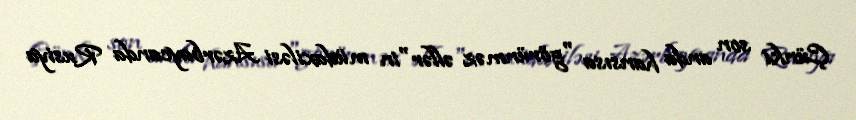
Çünki son anda hansısa "görünməz əllər"in müdaxiləsi Azərbaycanda Rusiya